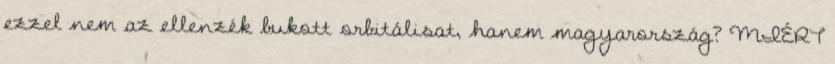
ezzel nem az ellenzék bukott orbitálisat, hanem magyarország? MIÉRT